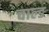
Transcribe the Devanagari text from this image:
चाल्ड